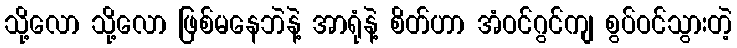
သို့လော သို့လော ဖြစ်မနေဘဲနဲ့ အာရုံနဲ့ စိတ်ဟာ အံဝင်ဂွင်ကျ စွပ်ဝင်သွားတဲ့